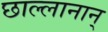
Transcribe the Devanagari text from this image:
छाल्लानान्